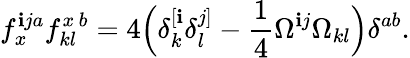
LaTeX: f_{x}^{\mathbf{i}ja}f_{kl}^{x\, b}=4\Big(\delta_{k}^{[\mathbf{i}}\delta_{l}^{j]}-\frac{{1}}{{4}}\Omega^{\mathbf{i}j}\Omega_{kl}\Big)\delta^{ab}.